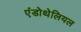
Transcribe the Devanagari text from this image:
एंडोथेलियल